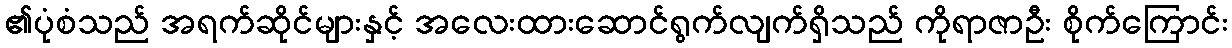
၏ပုံစံသည် အရက်ဆိုင်များနှင့် အလေးထားဆောင်ရွက်လျက်ရှိသည် ကိုရာဇာဦး စိုက်ကြောင်း